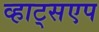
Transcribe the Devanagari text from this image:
व्हाट्सएप